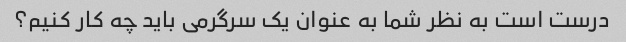
درست است به نظر شما به عنوان یک سرگرمی باید چه کار کنیم؟